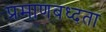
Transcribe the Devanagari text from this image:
प्रमाणबध्दता